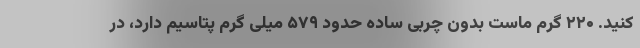
کنید. ۲۲۰ گرم ماست بدون چربی ساده حدود ۵۷۹ میلی گرم پتاسیم دارد، در